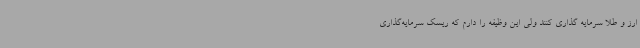
ارز و طلا سرمایه گذاری کنند ولی این وظیفه را دارم که ریسک سرمایه‌گذاری